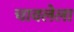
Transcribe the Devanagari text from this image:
चावलेला